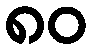
၈၀